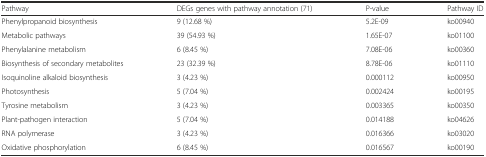
| Pathway | DEGs genes with pathway annotation (71) | P-value | Pathway ID |
 | --- | --- | --- | --- |
 | Phenylpropanoid biosynthesis | 9 (12.68 %) | 5.2E-09 | ko00940 |
 | Metabolic pathways | 39 (54.93 %) | 1.65E-07 | ko01100 |
 | Phenylalanine metabolism | 6 (8.45 %) | 7.08E-06 | ko00360 |
 | Biosynthesis of secondary metabolites | 23 (32.39 %) | 8.78E-06 | ko01110 |
 | Isoquinoline alkaloid biosynthesis | 3 (4.23 %) | 0.000112 | ko00950 |
 | Photosynthesis | 5 (7.04 %) | 0.002424 | ko00195 |
 | Tyrosine metabolism | 3 (4.23 %) | 0.003365 | ko00350 |
 | Plant-pathogen interaction | 5 (7.04 %) | 0.014188 | ko04626 |
 | RNA polymerase | 3 (4.23 %) | 0.016366 | ko03020 |
 | Oxidative phosphorylation | 6 (8.45 %) | 0.016567 | ko00190 |